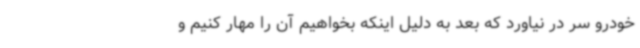
خودرو سر در نیاورد که بعد به دلیل اینکه بخواهیم آن را مهار کنیم و